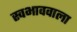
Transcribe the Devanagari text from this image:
स्वभाववाला